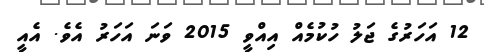
12 އަހަރުގެ ޖަލު ހުކުމެއް އިއްވީ 2015 ވަނަ އަހަރު އެވެ. އެއީ